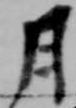
月